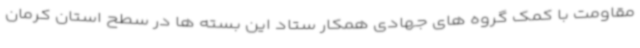
مقاومت با کمک گروه های جهادی همکار ستاد این بسته ها در سطح استان کرمان